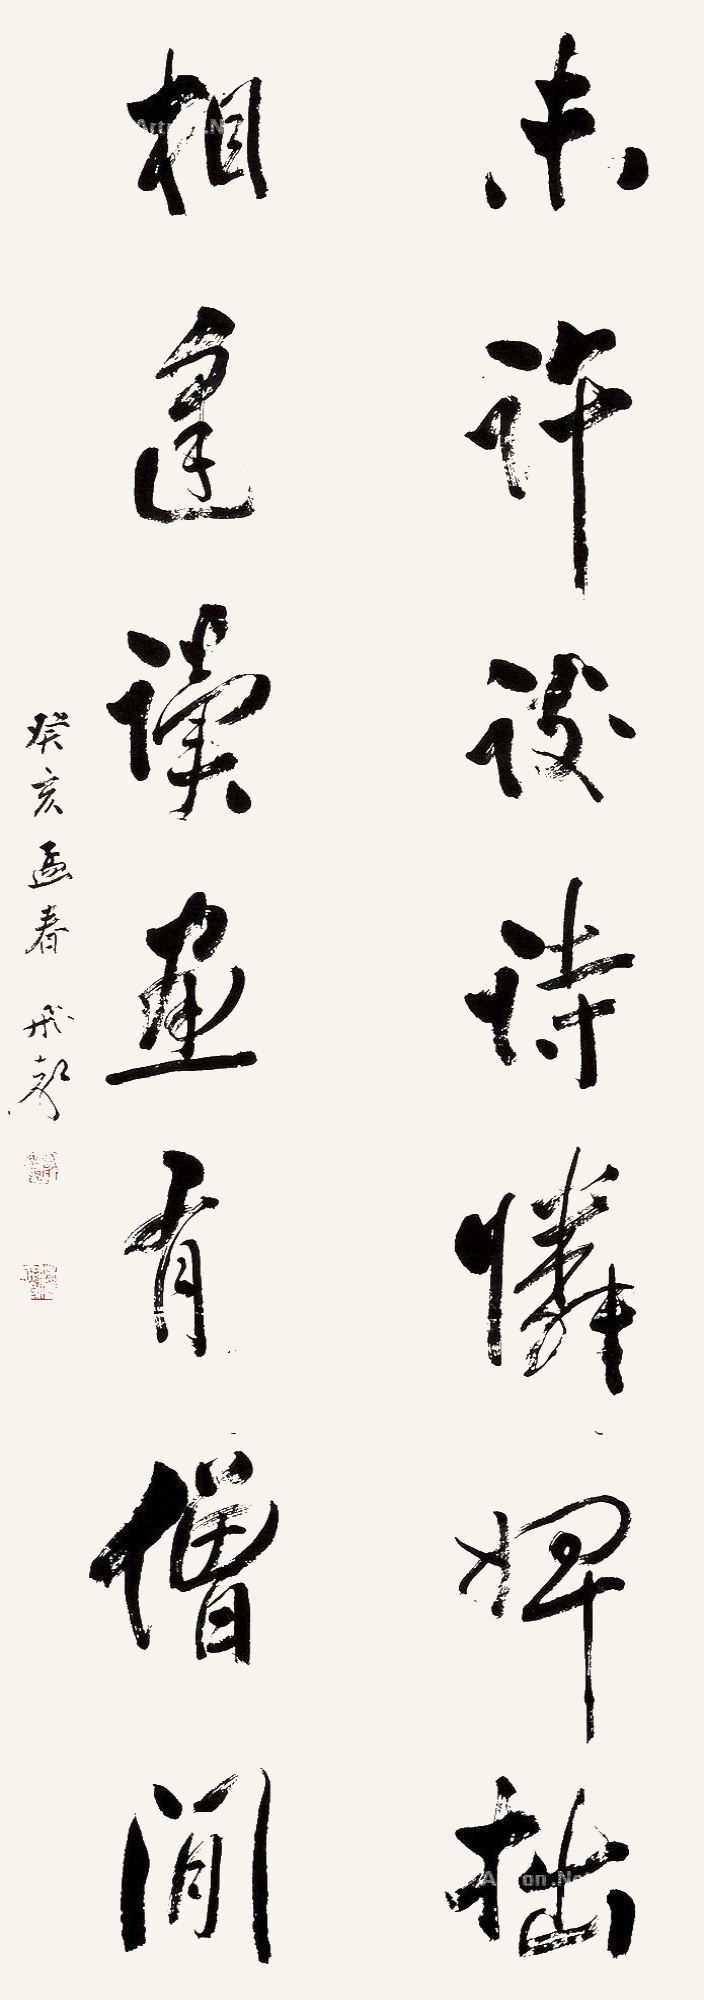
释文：未许谈诗怜婢拙，相逢读画有僧闲。癸亥孟春，飞声。